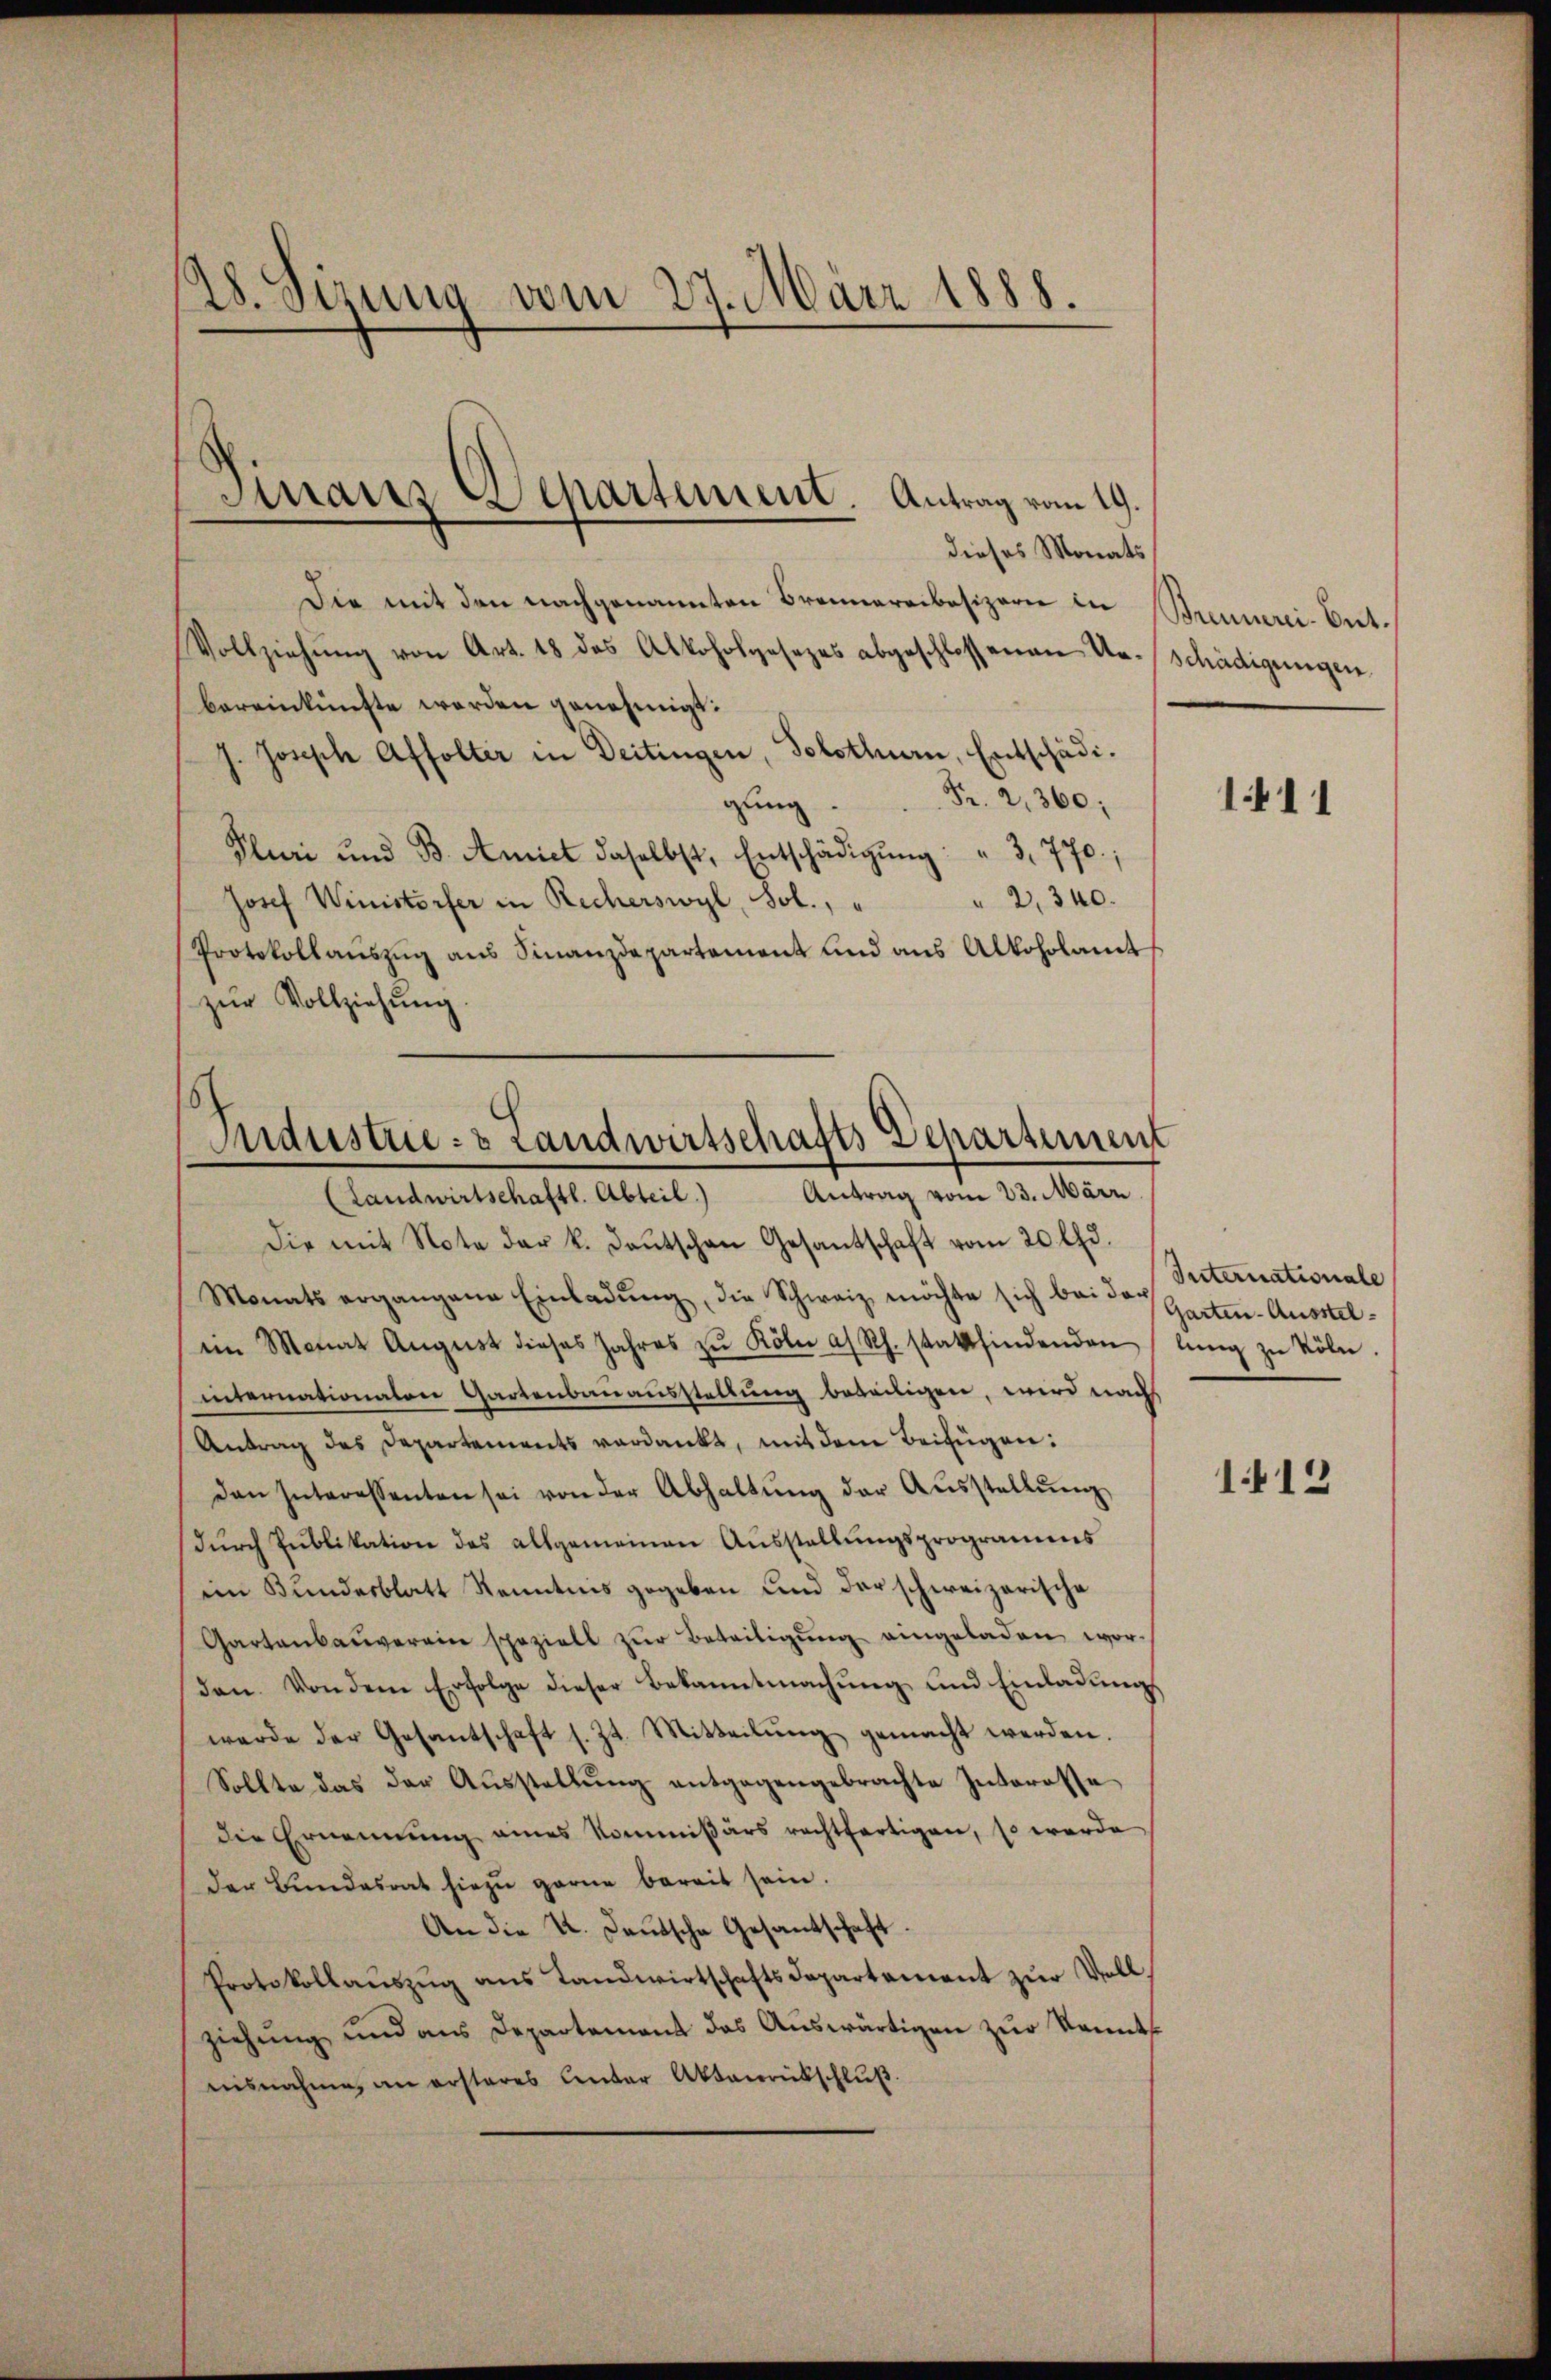
28. Sizung vom 27. März 1888.

dieses Monats
Die mit den nachgenannten Brennereibesizerie in Brennerei-Ent¬
Vollziehŭng von Art. 18 das Alkoholgesezes abgeschlossenen Ur-Schädigungen
bereinkünfte werden genehmigt:
J. Joseph Affolter in Deitingen, Solothurn, Entschädi¬
Fr. 2,360;
gung
Pluri und B. Amiet daselbst, Entschädigŭng: " 3, 770;
2,340.
Josef Winistorfer in Recherswyl, sol., "
Protokollauszug aus Finanzdepartement und aus Alkoholamt
zŭr Vollziehung
6
Industrie- & Landwirtschafts Departement

Manz Departement. Antrag vom 19.

(Landwirtschaftl. Abteil) Antrag vom 23. März

Die mit Note der k. Laŭtschen Gesantschaft vom 20 lfd.
Monats ergangene Einladŭng, die Schweiz möchte sich bei der Seiternationale
am Monat Aŭgŭst dieses Jahres zŭ Kölie a. Rh. stattfindenden (lŭng zŭ köln.
internationalen Gartenbauausstellung beweiligen, wird nach
Antrag des Departements verdankt, mit dem Beifügen:
den Interessenten sei von der Abhaltŭng der Aŭsstellŭng
durch Publikation des allgemeinen Ausstellungsprogramms
im Bundesblatt Kenntnis gegeben und der schweizerische
Gartenbaŭverein speziell zŭr Beteiligŭng eingeladen wor-
don. Von dem Erfolge dieser Bekanntmachung und Einladungs
werde der Gesantschaft s. Zt. Mitteilŭng gemacht werden.
Sollte das der Aŭsstellŭng entgegengebrachte Interesse
die Ernennung eines Kommißärs rechtfertigen, so werde
der Bŭndesrat hiezŭ gerne bereit sein.
An die u. deutsche Gesantschaft.
Protokollauszug aus Landwirtschaftsdepartement zur Vollziehung und aus Departement das Aŭswärtigen zŭr Kenntnisnahme, an ersteres Unter Aktenrübschluß.

1411

Garten-Ausstel¬

112